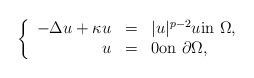
LaTeX: \begin{align*}\left\{\begin{array}{rcl} -\Delta u + \kappa u & = & |u|^{p-2}u \textrm{in } \Omega,\\ u & = & 0 \textrm{on } \partial\Omega, \end{array}\right.\end{align*}